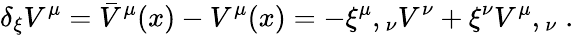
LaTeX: \delta_{\xi}V^{\mu}={\bar{V}}^{\mu}(x)-V^{\mu}(x)=-{\xi^{\mu}},{}_{\nu}V^{\nu}+\xi^{\nu}{V^{\mu}},{}_{\nu}\; .